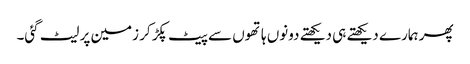
پھر ہمارے دیکھتے ہی دیکھتے دونوں ہاتھوں سے پیٹ پکڑ کر زمین پر لیٹ گئی۔